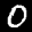
Label: 0